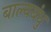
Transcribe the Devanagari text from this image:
बाल्यबंधु